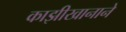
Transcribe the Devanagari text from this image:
काझीखानाने